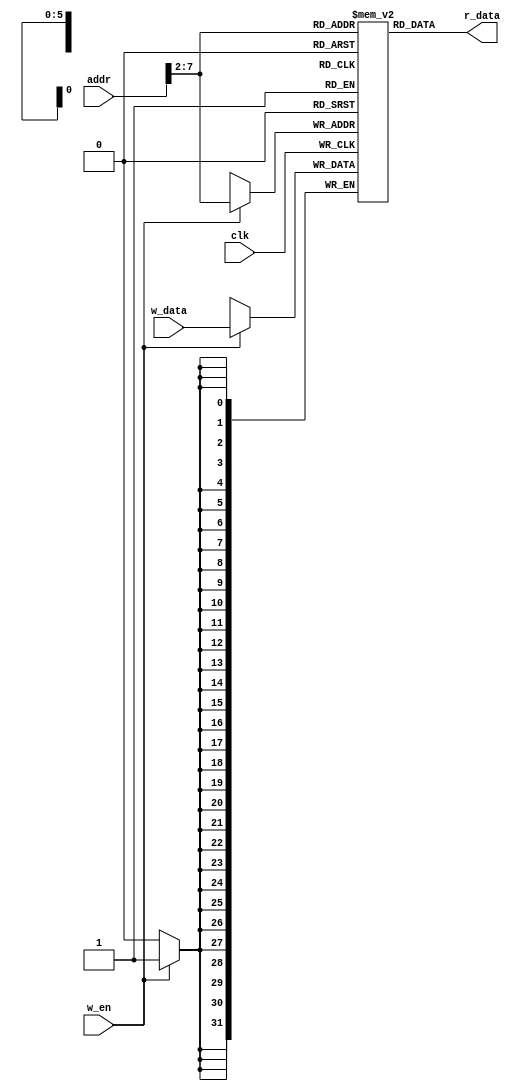
`timescale 1ns / 1ps

module DMEM(
	input         clk, w_en,
    input  [31:0] addr, w_data,
	
    output [31:0] r_data
);

reg  [31:0] RAM[63:0];

assign r_data = RAM[addr[31:2]]; // word aligned

always @(posedge clk)
  if (w_en)
    RAM[addr[31:2]] <= w_data;

endmodule